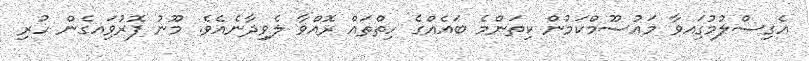
އެގިސްލުމުގަިއވާ މައުސޫމްކަމުން ކިތަންމެ ބައެއްގެ ހިތްތައް ރޮއްވާ ލެވިދާނެއެވެ. މޫނު ފޮރުވަިއގެން ހުރި